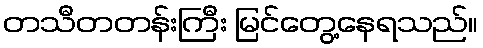
တသီတတန်းကြီး မြင်တွေ့နေရသည်။